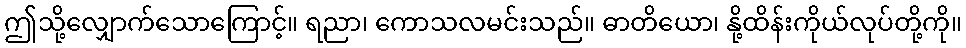
ဤသို့လျှောက်သောကြောင့်။ ရညာ၊ ကောသလမင်းသည်။ ဓာတိယော၊ နို့ထိန်းကိုယ်လုပ်တို့ကို။